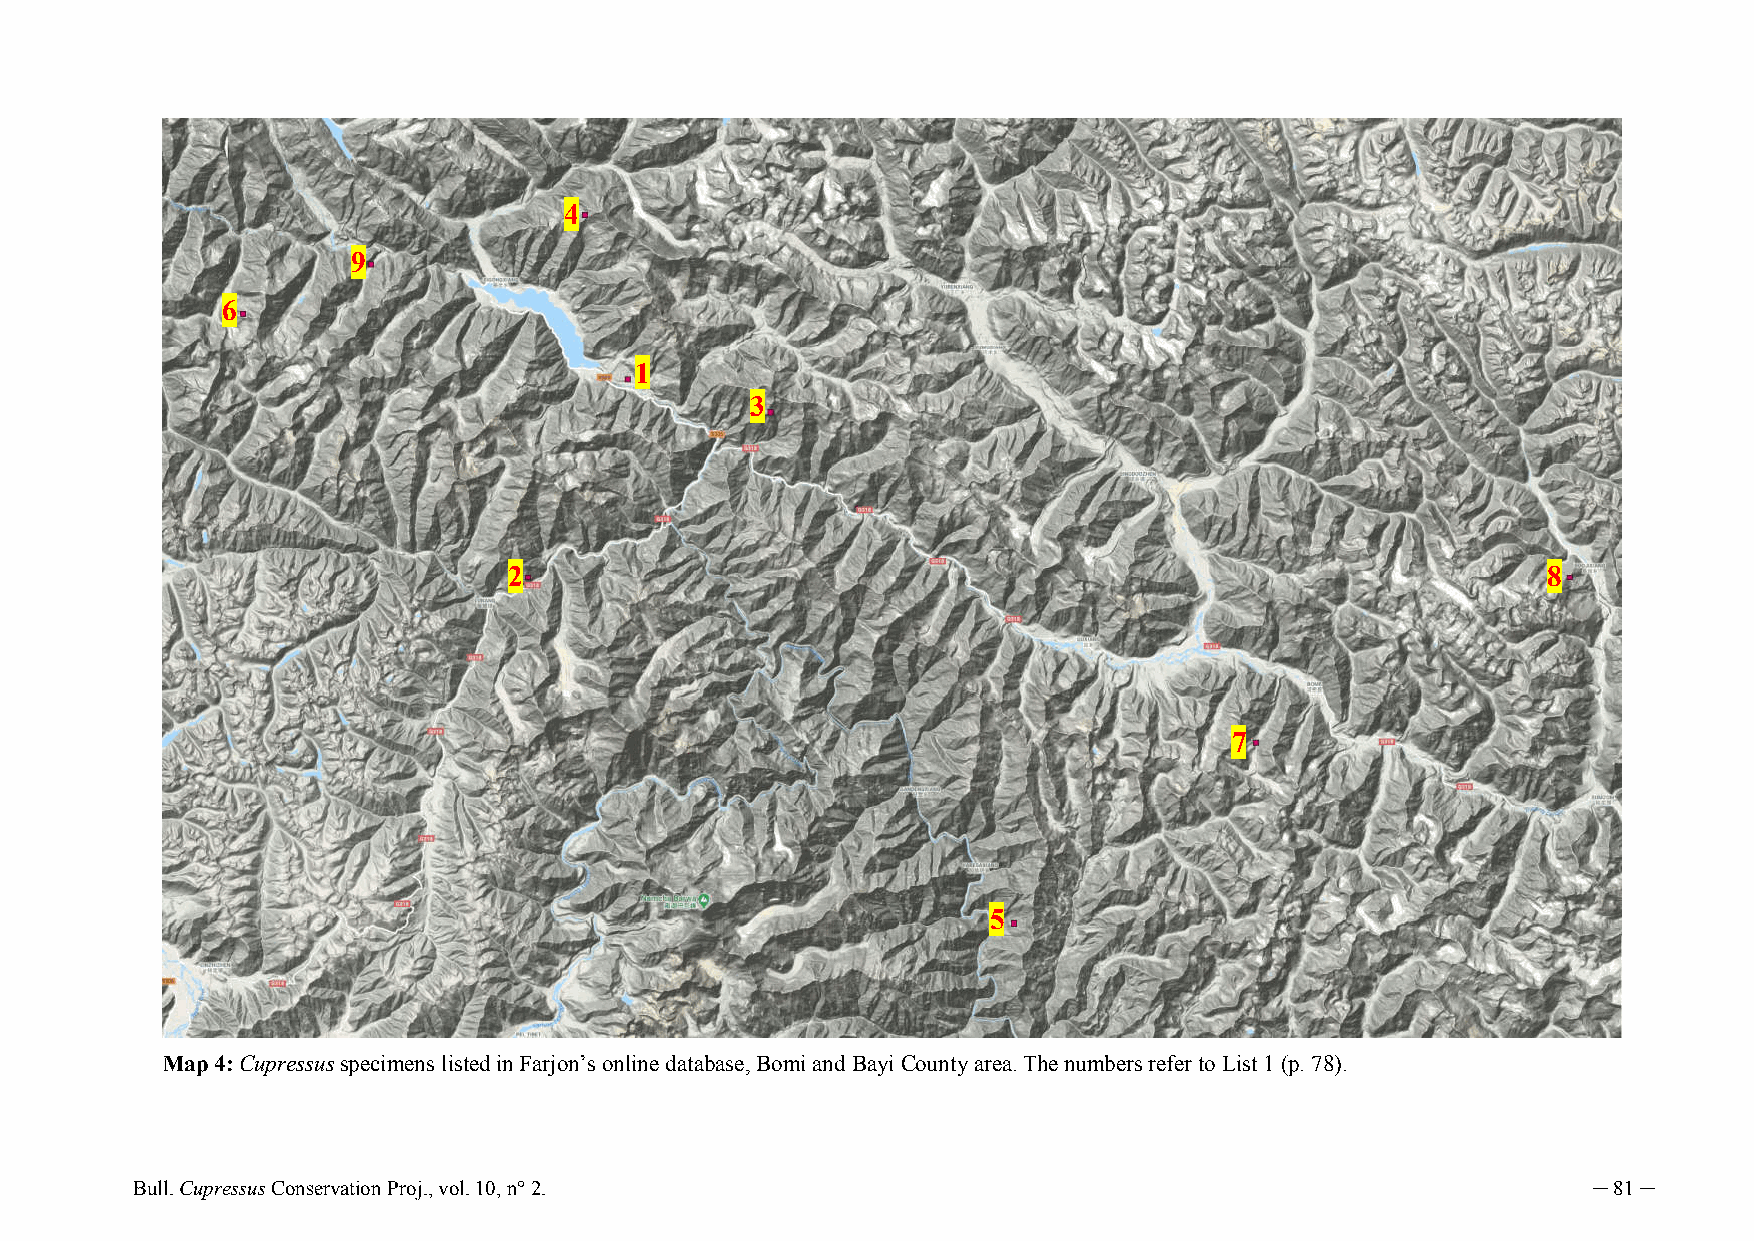
4
 9
 6
 1
 3
 2                                                                   8
 7
 5
 Map 4: Cupressus specimens listed in Farjon’s online database, Bomi and Bayi County area. The numbers refer to List 1 (p. 78).
 Bull. Cupressus Conservation Proj., vol. 10, n° 2.                                              ─ 81 ─